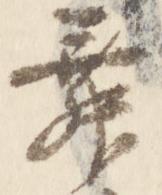
舞